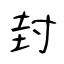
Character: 封